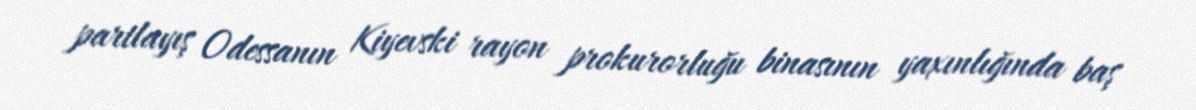
partlayış Odessanın Kiyevski rayon prokurorluğu binasının yaxınlığında baş